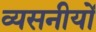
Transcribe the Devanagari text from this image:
व्यसनीयों